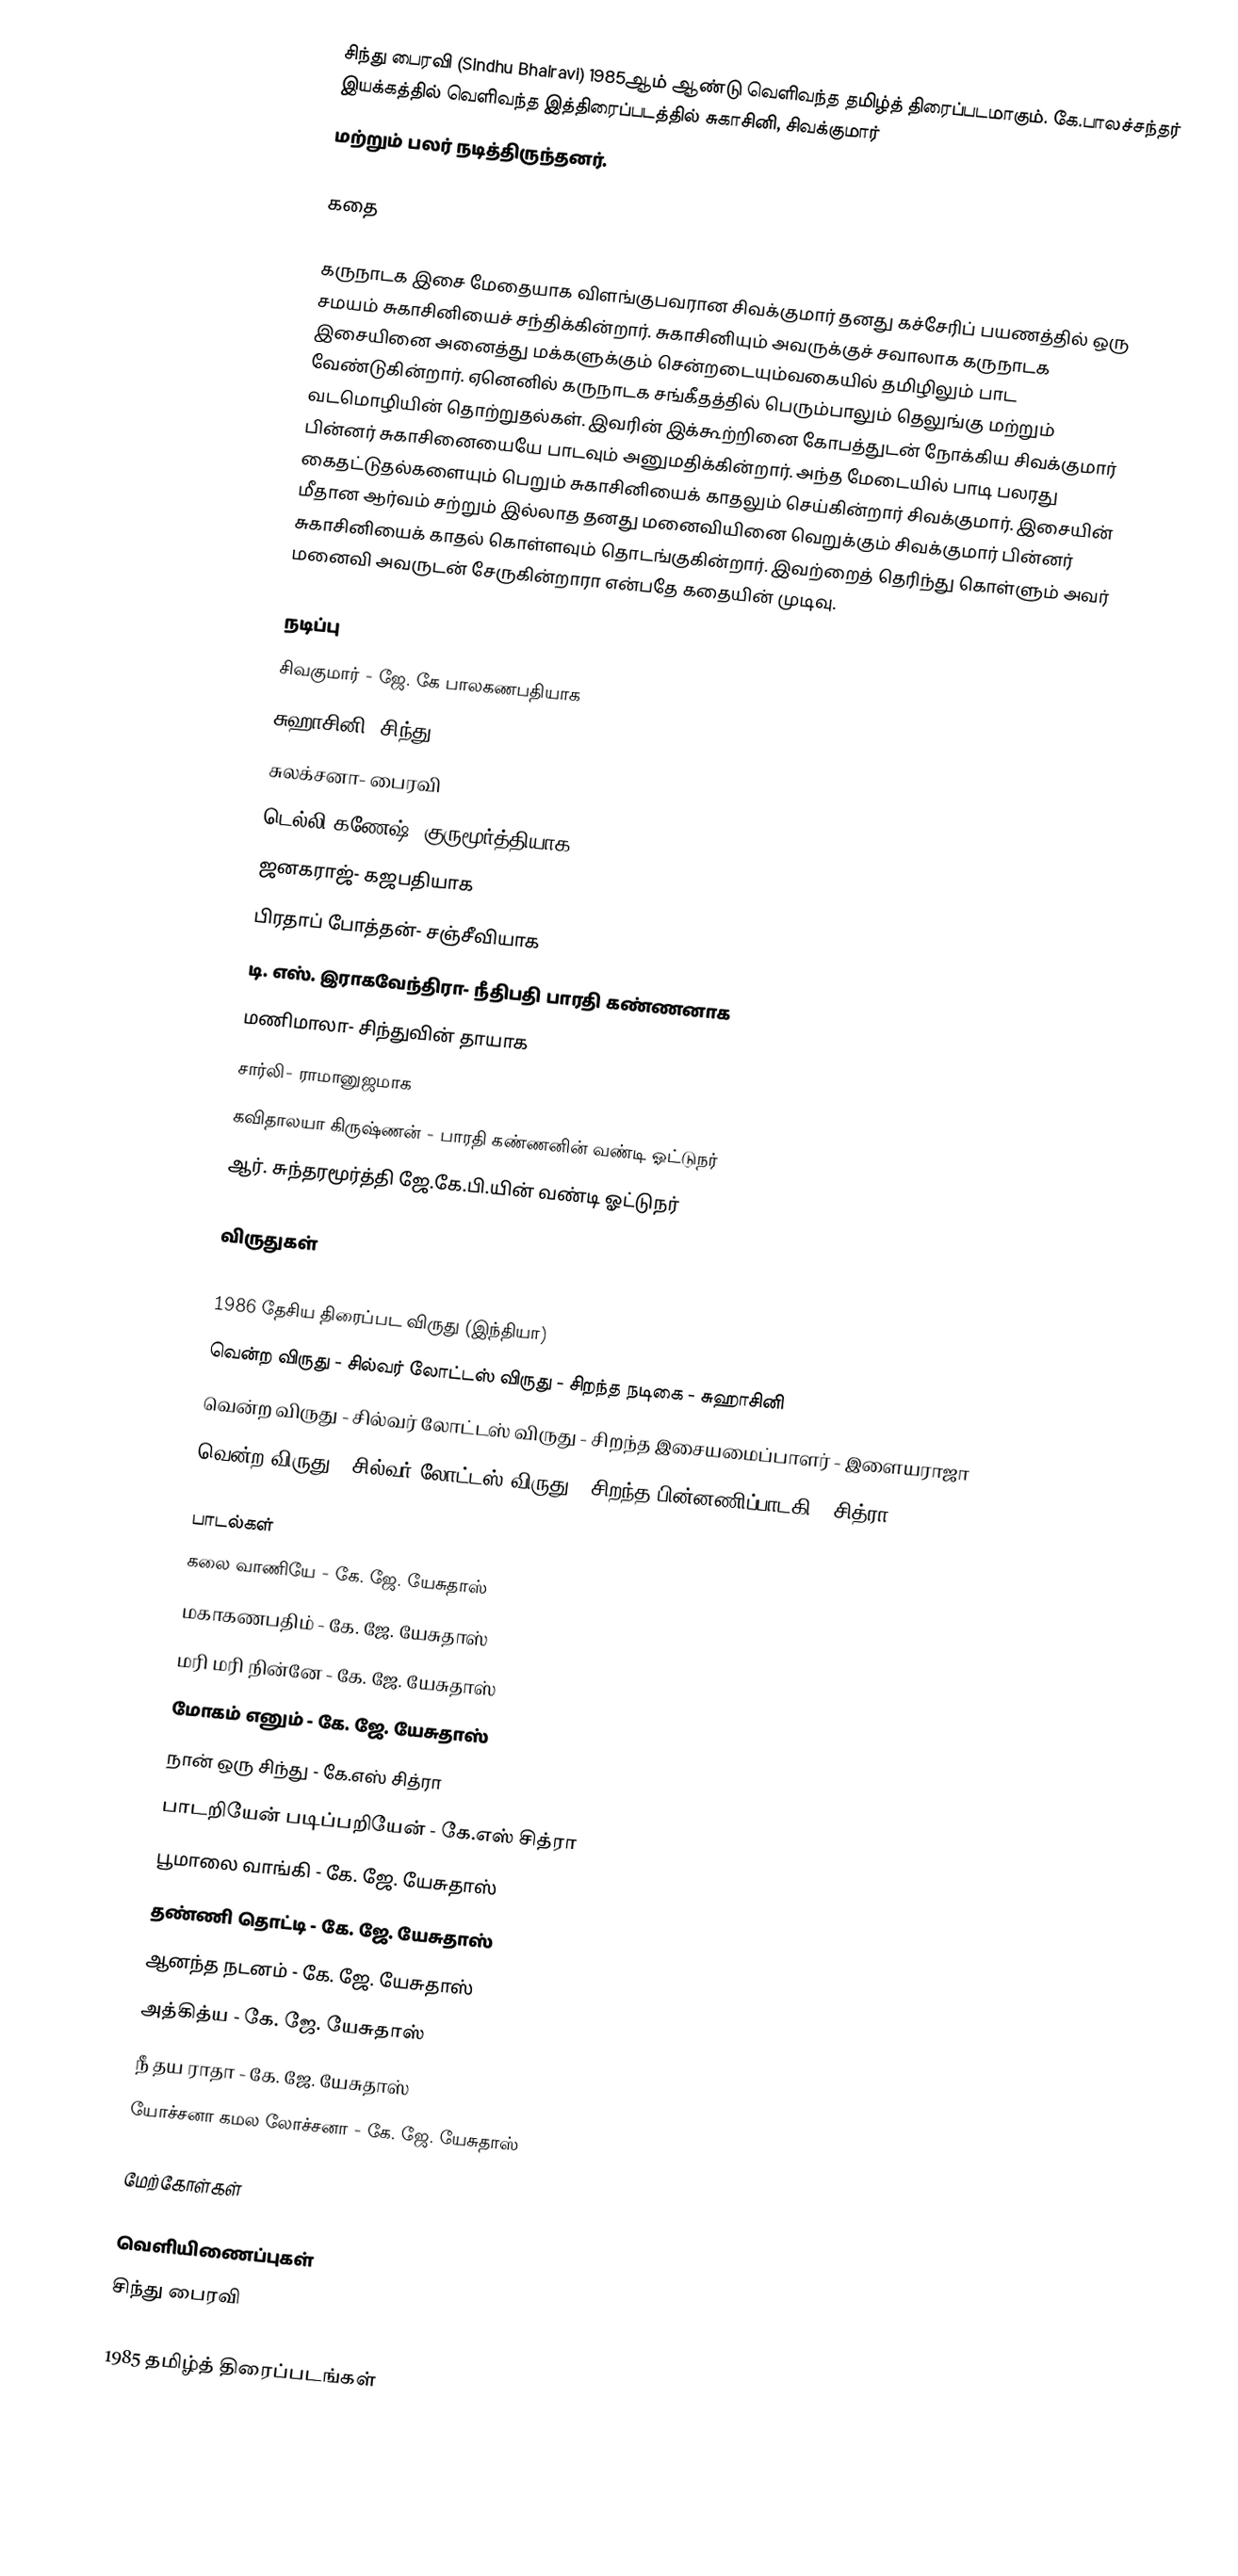
சிந்து பைரவி (Sindhu Bhairavi) 1985ஆம் ஆண்டு வெளிவந்த தமிழ்த் திரைப்படமாகும். கே.பாலச்சந்தர் இயக்கத்தில் வெளிவந்த இத்திரைப்படத்தில் சுகாசினி, சிவக்குமார்
மற்றும் பலர் நடித்திருந்தனர்.

கதை

கருநாடக இசை மேதையாக விளங்குபவரான சிவக்குமார் தனது கச்சேரிப் பயணத்தில் ஒரு சமயம் சுகாசினியைச் சந்திக்கின்றார். சுகாசினியும் அவருக்குச் சவாலாக கருநாடக இசையினை அனைத்து மக்களுக்கும் சென்றடையும்வகையில் தமிழிலும் பாட வேண்டுகின்றார். ஏனெனில் கருநாடக சங்கீதத்தில் பெரும்பாலும் தெலுங்கு மற்றும் வடமொழியின் தொற்றுதல்கள். இவரின் இக்கூற்றினை கோபத்துடன் நோக்கிய சிவக்குமார் பின்னர் சுகாசினையையே பாடவும் அனுமதிக்கின்றார். அந்த மேடையில் பாடி பலரது கைதட்டுதல்களையும் பெறும் சுகாசினியைக் காதலும் செய்கின்றார் சிவக்குமார். இசையின் மீதான ஆர்வம் சற்றும் இல்லாத தனது மனைவியினை வெறுக்கும் சிவக்குமார் பின்னர் சுகாசினியைக் காதல் கொள்ளவும் தொடங்குகின்றார். இவற்றைத் தெரிந்து கொள்ளும் அவர் மனைவி அவருடன் சேருகின்றாரா என்பதே கதையின் முடிவு.

நடிப்பு
 சிவகுமார் - ஜே. கே பாலகணபதியாக
 சுஹாசினி- சிந்து
 சுலக்சனா- பைரவி
 டெல்லி கணேஷ்- குருமூர்த்தியாக
 ஜனகராஜ்- கஜபதியாக
 பிரதாப் போத்தன்- சஞ்சீவியாக
 டி. எஸ். இராகவேந்திரா- நீதிபதி பாரதி கண்ணனாக
 மணிமாலா- சிந்துவின் தாயாக
 சார்லி- ராமானுஜமாக
 கவிதாலயா கிருஷ்ணன் - பாரதி கண்ணனின் வண்டி ஓட்டுநர்
 ஆர். சுந்தரமூர்த்தி ஜே.கே.பி.யின் வண்டி ஓட்டுநர்

விருதுகள்

1986 தேசிய திரைப்பட விருது (இந்தியா)
 வென்ற விருது - சில்வர் லோட்டஸ் விருது - சிறந்த நடிகை - சுஹாசினி
 வென்ற விருது - சில்வர் லோட்டஸ் விருது - சிறந்த இசையமைப்பாளர் - இளையராஜா
 வென்ற விருது - சில்வர் லோட்டஸ் விருது - சிறந்த பின்னணிப்பாடகி - சித்ரா

பாடல்கள்
கலை வாணியே - கே. ஜே. யேசுதாஸ்
மகாகணபதிம் - கே. ஜே. யேசுதாஸ்
மரி மரி நின்னே - கே. ஜே. யேசுதாஸ்
மோகம் எனும் - கே. ஜே. யேசுதாஸ்
நான் ஒரு சிந்து - கே.எஸ் சித்ரா
பாடறியேன் படிப்பறியேன் - கே.எஸ் சித்ரா
பூமாலை வாங்கி - கே. ஜே. யேசுதாஸ்
தண்ணி தொட்டி - கே. ஜே. யேசுதாஸ்
ஆனந்த நடனம் - கே. ஜே. யேசுதாஸ்
அத்கித்ய - கே. ஜே. யேசுதாஸ்
நீ தய ராதா - கே. ஜே. யேசுதாஸ்
யோச்சனா கமல லோச்சனா - கே. ஜே. யேசுதாஸ்

மேற்கோள்கள்

வெளியிணைப்புகள்
சிந்து பைரவி

1985 தமிழ்த் திரைப்படங்கள்